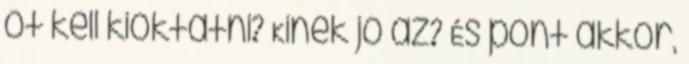
őt kell kioktatni? Kinek jó az? És pont akkor,